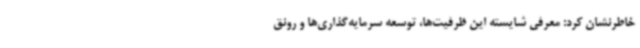
خاطرنشان کرد: معرفی شایسته این ظرفیت‌ها، توسعه سرمایه‌گذاری‌ها و رونق